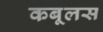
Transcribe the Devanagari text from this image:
कबूलस